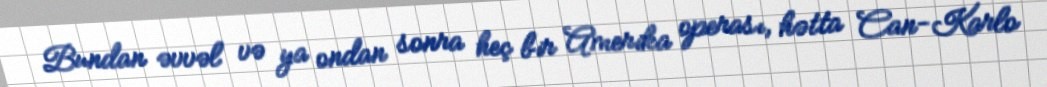
Bundan əvvəl və ya ondan sonra heç bir Amerika operası, hətta Can-Karlo